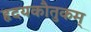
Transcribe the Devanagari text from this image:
हृदयकौतुकम्‌